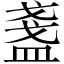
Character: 盞